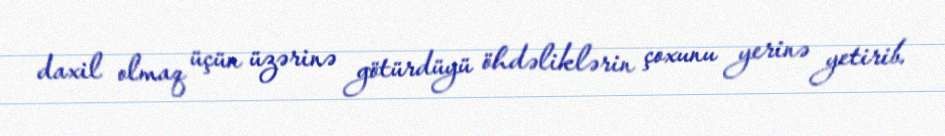
daxil olmaq üçün üzərinə götürdüyü öhdəliklərin çoxunu yerinə yetirib.